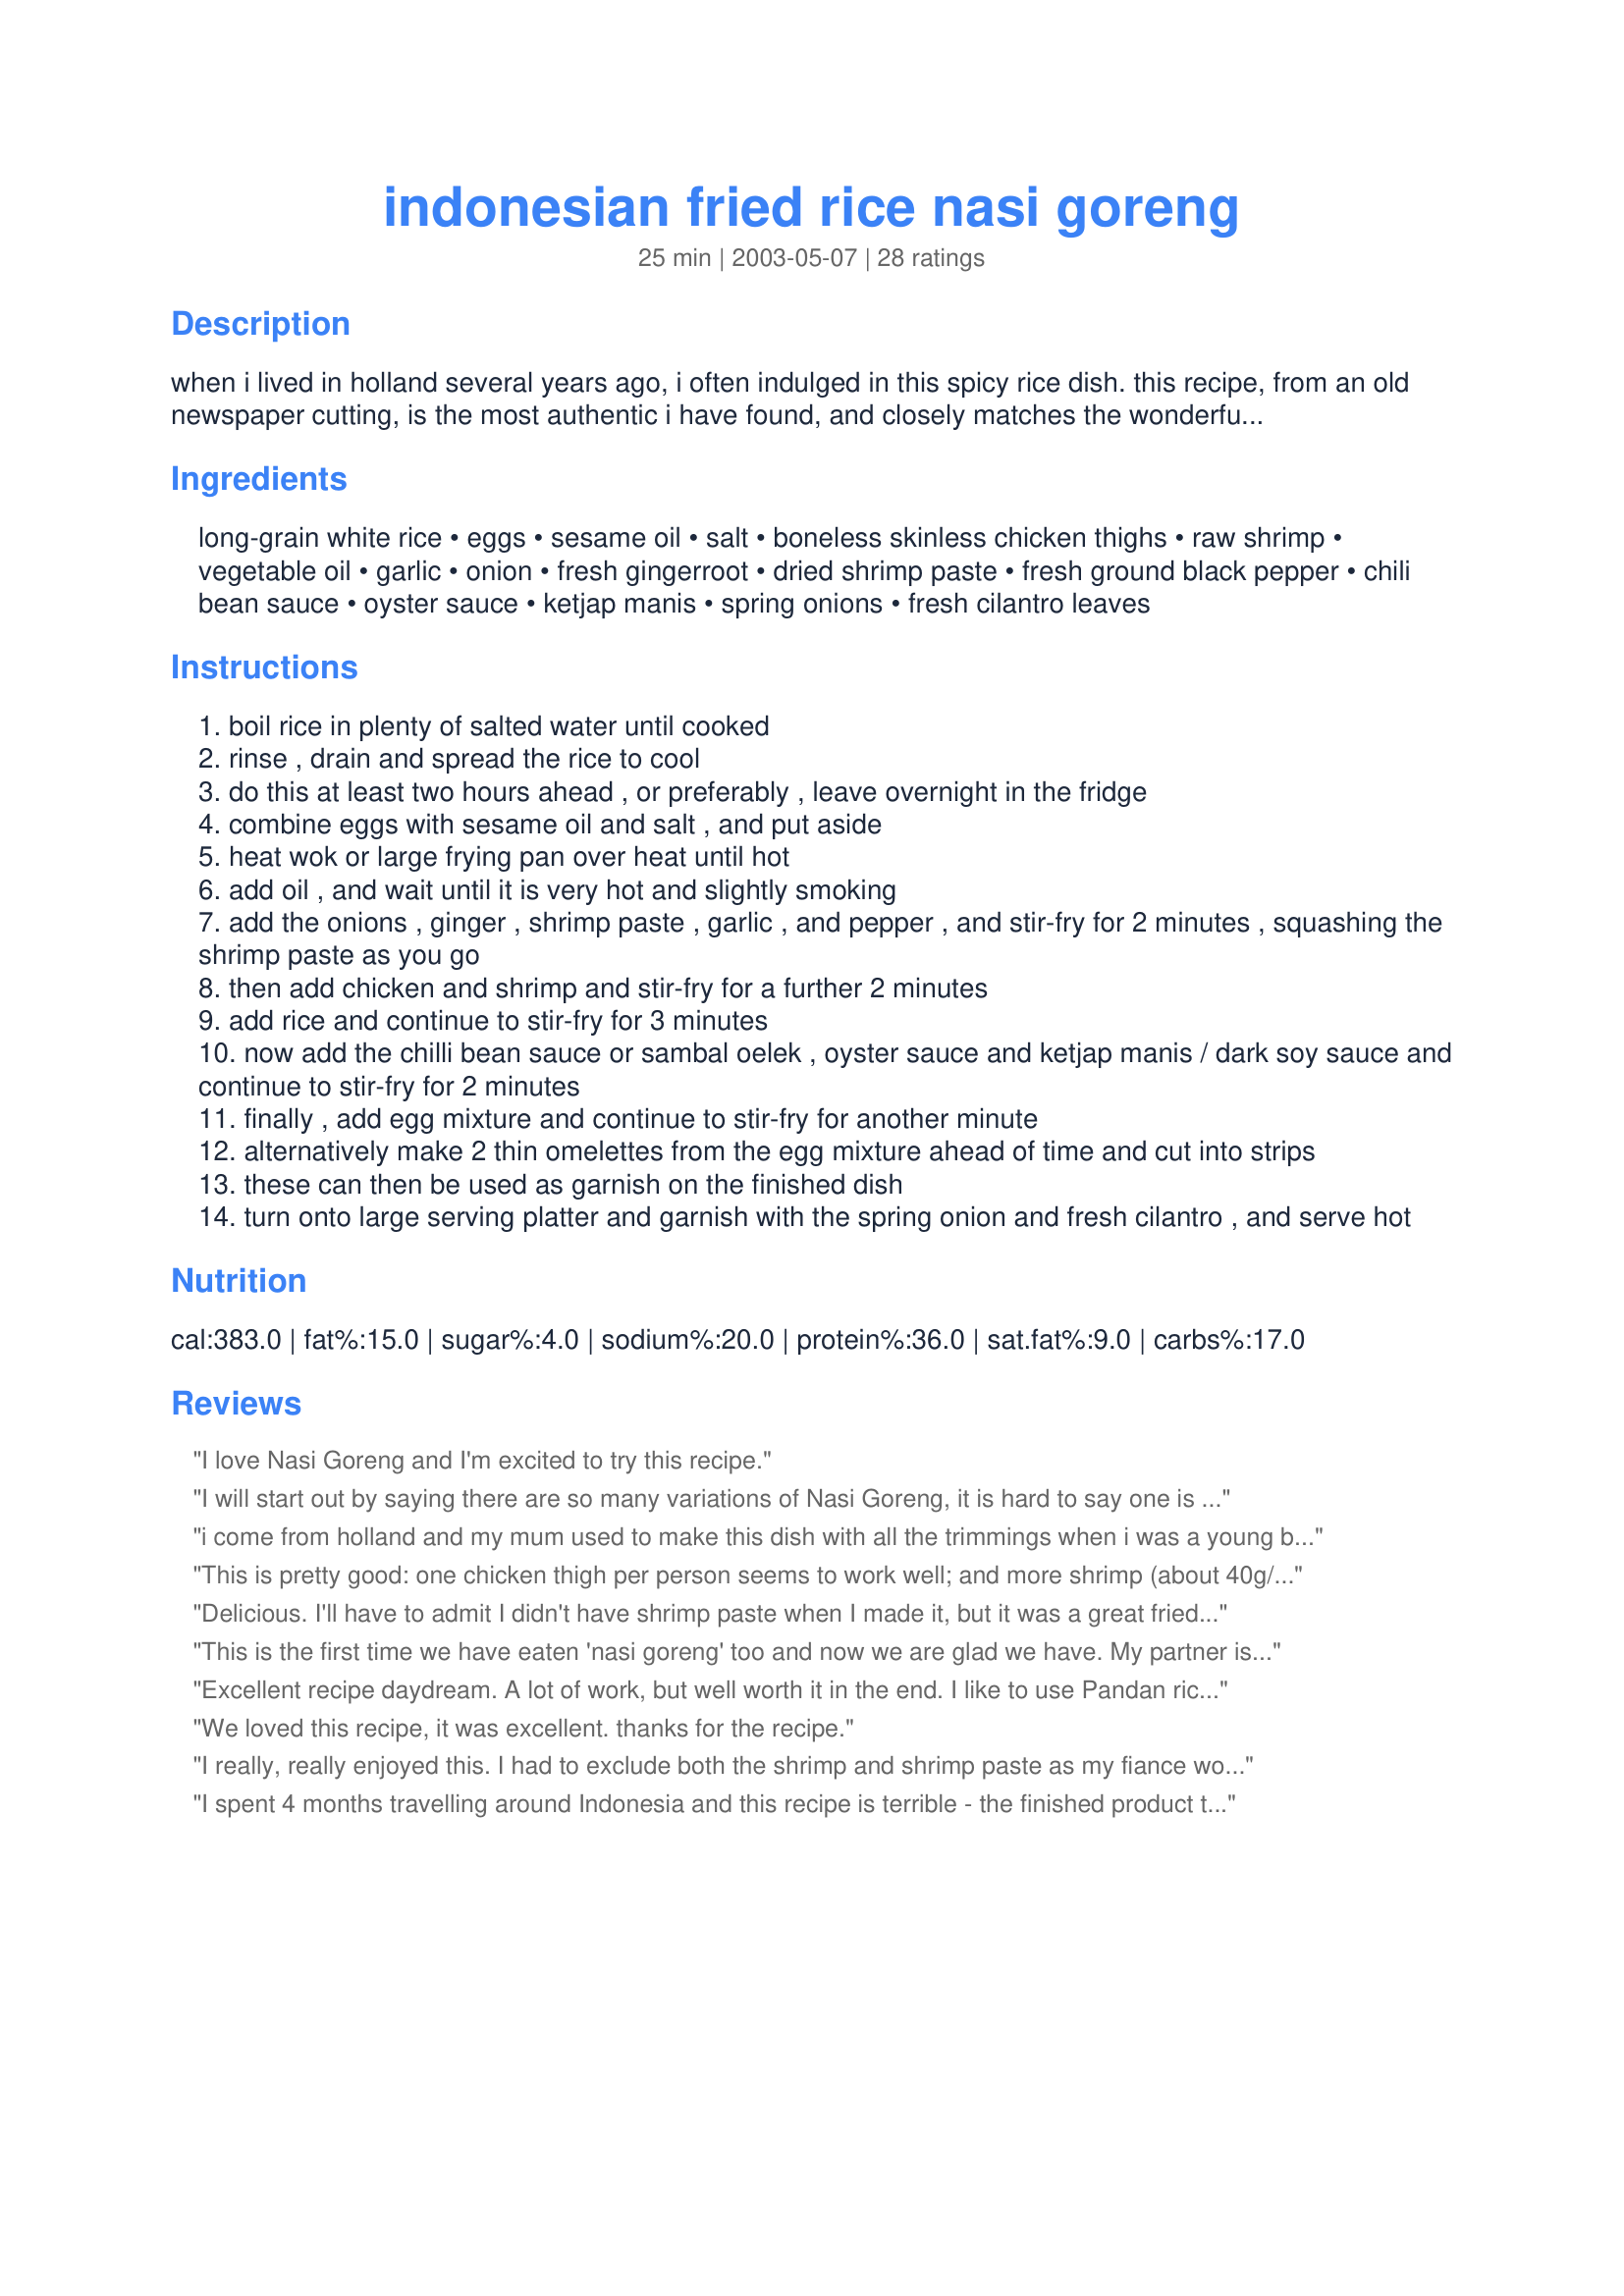
indonesian fried rice nasi goreng
Preparation time: 25 minutes

when i lived in holland several years ago, i often indulged in this spicy rice dish. this recipe, from an old newspaper cutting, is the most authentic i have found, and closely matches the wonderful taste sensation i experienced in holland. more unusual ingredients, such as shrimp paste (also known variously as belacan, balachan, blachan and trassi) can be found in asian speciality food stores. i must warn you that dried shrimp paste smells rather awful, but the taste in the finished dish is wonderfully aromatic, and essential to the authenticity of indonesian cuisine. nasi goreng can be served as a main dish, as a component of a dutch/indonesian 'rijstafel' or as a side dish. it is commonly eaten by indonesians for breakfast, which you can do also if there is any left from the previous day (doubtful!). preparation time does not include cooking and cooling the rice.

Ingredients:
long-grain white rice, eggs, sesame oil, salt, boneless skinless chicken thighs, raw shrimp, vegetable oil, garlic, onion, fresh gingerroot, dried shrimp paste, fresh ground black pepper, chili bean sauce, oyster sauce, ketjap manis, spring onions, fresh cilantro leaves

Steps:
boil rice in plenty of salted water until cooked
rinse , drain and spread the rice to cool
do this at least two hours ahead , or preferably , leave overnight in the fridge
combine eggs with sesame oil and salt , and put aside
heat wok or large frying pan over heat until hot
add oil , and wait until it is very hot and slightly smoking
add the onions , ginger , shrimp paste , garlic , and pepper , and stir-fry for 2 minutes , squashing the shrimp paste as you go
then add chicken and shrimp and stir-fry for a further 2 minutes
add rice and continue to stir-fry for 3 minutes
now add the chilli bean sauce or sambal oelek , oyster sauce and ketjap manis / dark soy sauce and continue to stir-fry for 2 minutes
finally , add egg mixture and continue to stir-fry for another minute
alternatively make 2 thin omelettes from the egg mixture ahead of time and cut into strips
these can then be used as garnish on the finished dish
turn onto large serving platter and garnish with the spring onion and fresh cilantro , and serve hot

Reviews:
I love Nasi Goreng and I'm excited to try this recipe.
I will start out by saying there are so many variations of Nasi Goreng, it is hard to say one is the correct one. This one I found was pretty good. All the right steps are there. :) The one thing though is that oyster sauce was a bit strange, since I wouldn't consider it an Indonesian flavor (my mother is Indonesian and regularly cooked all sorts of dishes, and it had never ever been in our kitchen). I would leave that out and let the shrimp paste do its thing. Everything else was about right, except I used shallots instead of onion and garlic since that is just what I'm used to. If you want just a bit more of an aromatic experience, you can add 1/4-1/2 tsp cumin and coriander each to the shallots when you cook them up (not too much or it will be overpowering). Thanks for sharing this recipe.
i come from holland and my mum used to make this dish with all the trimmings when i was a young boy it has to be my most favorite meal and now that i have a famelie there most favorite meal is nasi goreng too.
This is pretty good: one chicken thigh per person seems to work well; and more shrimp (about 40g/serving). Note that if you've never used Sambal Oelek before (as I hadn't) it packs one Hell of a punch: use sparingly!
Delicious. I'll have to admit I didn't have shrimp paste when I made it, but it was a great fried rice. Mixing the sesame oil with the egg instead of waiting until the end to add it mellows the flavor a little.
This is the first time we have eaten 'nasi goreng' too and now we are glad we have. My partner isn't always the easiest one to introduce new recipes too but he keeps turning to me saying .. "this is real nice" then gets another mouthful and starts munching away :o). It was quick and easy to make too which makes it even better... thanks for sharing.I'll be making this again and again
Excellent recipe daydream.
A lot of work, but well worth it in the end. I like to use Pandan rice and add 1/2 cup frozen fresh peas. I serve with baked loempias and shrimp carckers. Delicious, thank you for posting this recipe!
We loved this recipe, it was excellent. thanks for the recipe.
I really, really enjoyed this. I had to exclude both the shrimp and shrimp paste as my fiance won't even contemplate eating shellfish in any form, so it was left out. Would love to try it with the shrimp, so may cook it for my parents next time I'm down. Even without the shrimp, the flavours were really tasty, and the slowburning kick was not intense, which for me, was a big positive. Sprinkled toasted peanuts on top, which is how I've always eaten nasi goreng, and I know that my parents have a fried banana on theirs (not my choice) but a suggestion for people who like to eat bananas! Thanks so much for posting. : )
I spent 4 months travelling around Indonesia and this recipe is terrible - the finished product tastes NOTHING like a Nasi Goreng. Dont waste your time, money and effort on this. I have no idea what all these positive reviews are all going on about.
Excellent fried rice. Loved all the fresh ingredients. Served it with Recipe #11425 for an excellent meal.
Fabulous meal! I followed the recipe exactly, except that I fried the eggs with soft yolks & placed on top of each serving, as well as adding red pepper, zucchini and baby bok choy for a few extra vegies. This is the 3rd different nasi goreng I've had this week & think it was the best. We'll definitely have this again.
Loved it! I omitted the shrimp & oyster sauce, upped the sambal oelek to 1.5 Tbsp, added a red pepper & some bean sprouts to make it my own. Served with peanut satay sauce. Thanks for posting!
I've made this many times now and forgot to rate it. So easy to switch back and forth with what you have on hand. I serve black currants, chopped green apple and fresh raw bean sprouts on the side as well. Sounds odd I know, but I had it in a restaurant that way and loved it. One of my favorites, thanks Daydream
Nasi goreng just stands for fried rice I found that out the hard way. My mum lives in Malaysia and Nasi goreng can mean anything. The recipe you put here I have not tried but I'm sure it's deliciuous, however you can make Nasi Goreng with anything you like it is left overs from the previous day in Asia. so a good tip is to boil the rice and let it cool down (which I do under the duvet in the bed to get the steam effect) Then marinate chicken (Ayam) put in a packet of vegtables and stir fry, then dump the rice onto it. When I was in malaysia there are 20 different recipes for Nasi Goreng. Very cheap by the way ;-)
i used chili garlic sauce in place of sambal oleek since that's all i had . my husband was afraid it would be too salty when he saw all the things that i was putting in there. but it turned out delicious and not salty at all. shrimp paste does stink..but the flavor is very authentic asian and very delicious. will definatetly make this plenty of times. thanks for sharing!
Very nice and easy to put together - not too spicy and the kids loved it. This one's a keeper, thanks !!
Thank you so much for this divine recipe
I have to admit I've been looking for a few months now for a recipe as close as this one.

Really excellent nasi goreng - except for leaving out the shrimp and making up the difference with more chicken I followed the recipe exactly. The combination of shrimp paste and the sweetness of the kecap manis and oyster sauce gives it the most beautiful and uniquely Indonesian fragance and flavour, while the the chilli bean sauce and pepper provide the perfect amount of warmth. A truly top recipe - thank you for posting!
Big hit with the family. I put in more rice than was called for, and kind of played around with the measurements a bit. Substituted dried shrimp paste with fish sauce as well; then I adjusted the seasonings with a little salt. I also did both alternatives of the egg (so I used 4 eggs in total). Another nice recipe to add to my fried rice collection. :)
Daydream, I really enjoyed this dish A LOT. Really tasty, flavorful fried rice. My variation used all shrimp (no chicken), fish sauce instead of shrimp paste, and 1 T fresh basil rather than the cilantro (it's what I had on hand). I loved the kick provided by the sambal oelek (1 T rather than 1 tsp). I'll make this tasty, simple meal again. Thanks very much for posting.
This was a very good nasi goreng and had the right flavors. I did use leftover pork instead of the chicken. The only ingredient I left out was the coriander/cilantro because that is not an igredient used in nasi gorengs, at least not here in the Netherlands.
Good enough. But, I don't like it. I came from Indonesia. So, It taste different from what I eat everyday(yes, everyday until I get crazy) For Nasi Goreng Jawa, We always make fried egg in pan, then we put all of the spices(I used all chili that I have ?? Indonesians love spicy ????) After that, we fry the rice until it mixed well with the spices. Oh, you can add some chicken that you've already cook. Don't use uncooked chicken or the Nasi Goreng will taste awful. Last, turn off your stove and eat that Nasi Goreng. If you want, you can ask me what spices that I used. Or Every Nasi Goreng recipe. Nasi Goreng Seafood. Nasi Goreng Jawa. Etc
YUMBO!! The flavours in this are spot on...dont change a thing. We ate our's as a main this time but it would be a great addition to an Asian banquet table. Thanks for sharing!
really good! Thanks a lot! I used sambal oelek and added a bit more after since I love that sauce.
This was a fabulous meal. I've never had 'nasi goreng', and I am happy to say that I enjoyed it very much...I was almost surprised that I could make something that tasted so good lol. I used chicken breasts instead of thighs, as I am not thrilled about \
This meal was fantastic b/c it was flavorful with just enough spice & heat. It’s well suited to be a main dish & that’s how we enjoyed it. We made as was specified except for adding fresh basil to the mix. Scrumptious! Only complaint was that the texture didn’t turn out just right. It was a little wet. So we’ll work on that & see what we need to do to improve that part. Don’t skip out on the shrimp paste. We found it in an Asian market (in Chinatown). I’m glad the author warned about its smell b/c I would have been suspect about using it. The smell is just rancid. Ten times worse than the smell of Thai fish sauce. The store clerk said she uses it in many different types of dishes & loves it. Well guess what? Now we’re going to use it too b/c the flavor was just authentic & yummy.
This is a truly authentic recipe. I grew up with nasi goring every couple of weeks but my mother used a packet of spices commonly available in Holland and many other countries now. I have made this numerous times, and my Mum loves this even more than her own!
